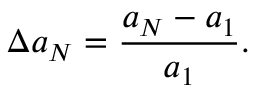
\Delta a _ { N } = \frac { a _ { N } - a _ { 1 } } { a _ { 1 } } .